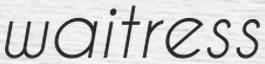
waitress